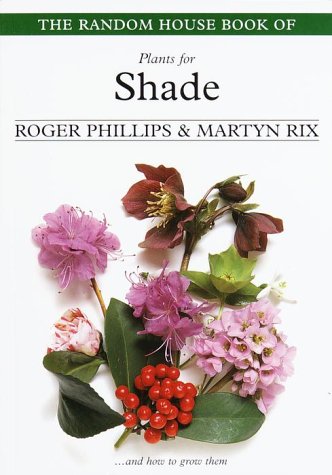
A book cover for The Random House Book of Plants for Shade (Random House Book of ... (Garden Plants)); Roger Phillips; Crafts, Hobbies & Home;